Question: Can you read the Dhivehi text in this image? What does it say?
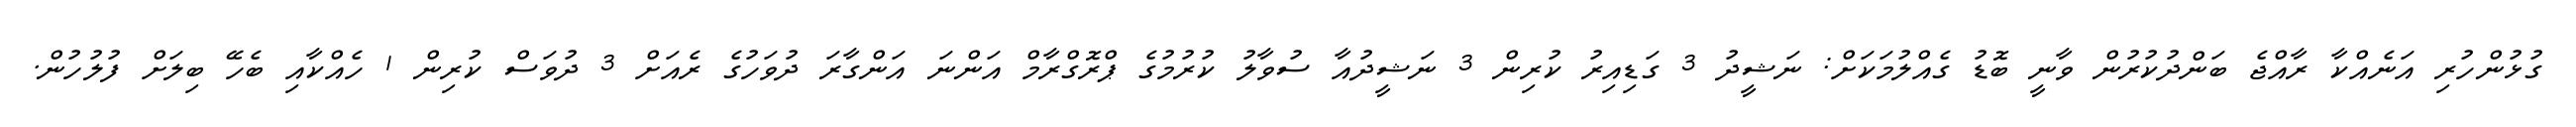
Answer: ގުޅުންހުރި އަނެއްކާ ރާއްޖެ ބަންދުކުރުން ވާނީ ބޮޑު ގެއްލުމަކަށް: ނަޝީދު 3 ގަޑިއިރު ކުރިން 3 ނަޝީދުއާ ސުވާލު ކުރުމުގެ ޕްރޮގްރާމް އަންނަ އަންގާރަ ދުވަހުގެ ރެއަށް 3 ދުވަސް ކުރިން 1 ހެއްކާއި ބެހޭ ބިލަށް ފުލުހުން.